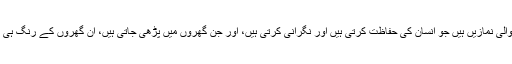
یہ کامل فرمانبرداری والی نمازیں ہیں جو انسان کی حفاظت کرتی ہیں اور نگرانی کرتی ہیں، اور جن گھروں میں پڑھی جاتی ہیں، اُن گھروں کے رنگ ہی کچھ اَور ہو جاتے ہیں۔